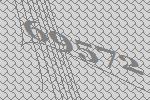
69572